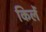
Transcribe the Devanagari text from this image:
किलें